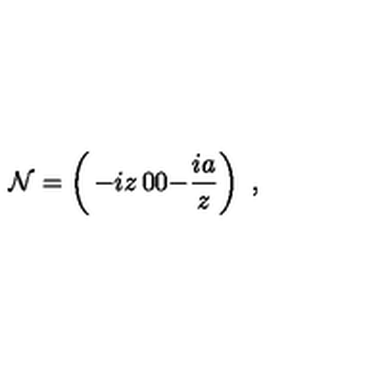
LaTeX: { \cal N } = \left( \begin{matrix} { - i z } & { 0 } \\ { 0 } & { - \frac { i a } { z } } \\ \end{matrix} \right) \ ,